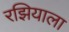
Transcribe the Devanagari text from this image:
रझियाला